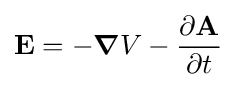
\mathbf {E} =-{\boldsymbol {\nabla }}V-{\frac {\partial \mathbf {A} }{\partial t}}